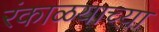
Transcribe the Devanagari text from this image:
रंकाळयाच्या